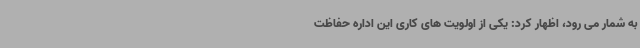
به شمار می رود، اظهار کرد: یکی از اولویت های کاری این اداره حفاظت